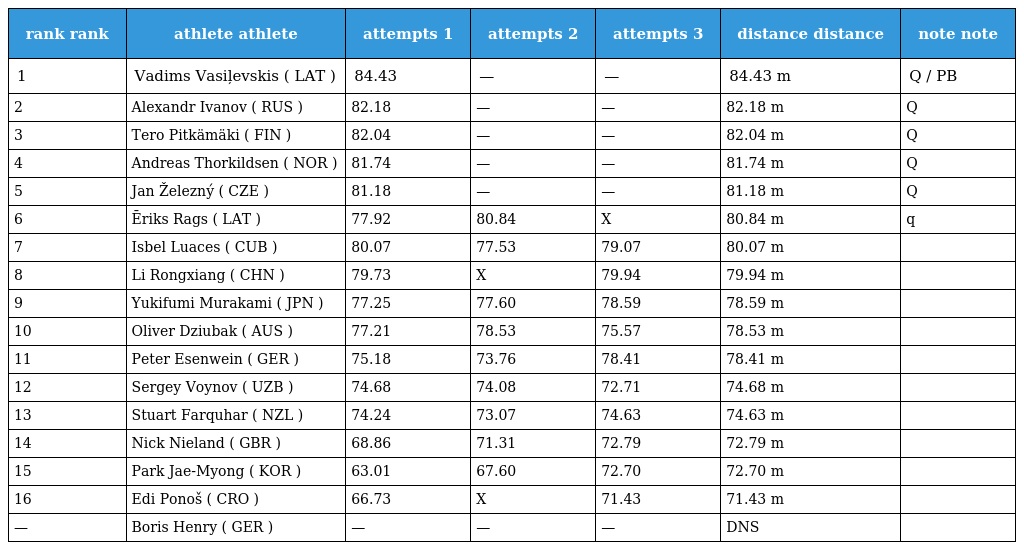
| rank rank | athlete athlete | attempts 1 | attempts 2 | attempts 3 | distance distance | note note |
 | --- | --- | --- | --- | --- | --- | --- |
 | 1 | Vadims Vasiļevskis ( LAT ) | 84.43 | — | — | 84.43 m | Q / PB |
 | 2 | Alexandr Ivanov ( RUS ) | 82.18 | — | — | 82.18 m | Q |
 | 3 | Tero Pitkämäki ( FIN ) | 82.04 | — | — | 82.04 m | Q |
 | 4 | Andreas Thorkildsen ( NOR ) | 81.74 | — | — | 81.74 m | Q |
 | 5 | Jan Železný ( CZE ) | 81.18 | — | — | 81.18 m | Q |
 | 6 | Ēriks Rags ( LAT ) | 77.92 | 80.84 | X | 80.84 m | q |
 | 7 | Isbel Luaces ( CUB ) | 80.07 | 77.53 | 79.07 | 80.07 m |  |
 | 8 | Li Rongxiang ( CHN ) | 79.73 | X | 79.94 | 79.94 m |  |
 | 9 | Yukifumi Murakami ( JPN ) | 77.25 | 77.60 | 78.59 | 78.59 m |  |
 | 10 | Oliver Dziubak ( AUS ) | 77.21 | 78.53 | 75.57 | 78.53 m |  |
 | 11 | Peter Esenwein ( GER ) | 75.18 | 73.76 | 78.41 | 78.41 m |  |
 | 12 | Sergey Voynov ( UZB ) | 74.68 | 74.08 | 72.71 | 74.68 m |  |
 | 13 | Stuart Farquhar ( NZL ) | 74.24 | 73.07 | 74.63 | 74.63 m |  |
 | 14 | Nick Nieland ( GBR ) | 68.86 | 71.31 | 72.79 | 72.79 m |  |
 | 15 | Park Jae-Myong ( KOR ) | 63.01 | 67.60 | 72.70 | 72.70 m |  |
 | 16 | Edi Ponoš ( CRO ) | 66.73 | X | 71.43 | 71.43 m |  |
 | — | Boris Henry ( GER ) | — | — | — | DNS |  |